65_HS1-834228961_62-HQ-83894_Section_1
Agency: FBI
Page 66
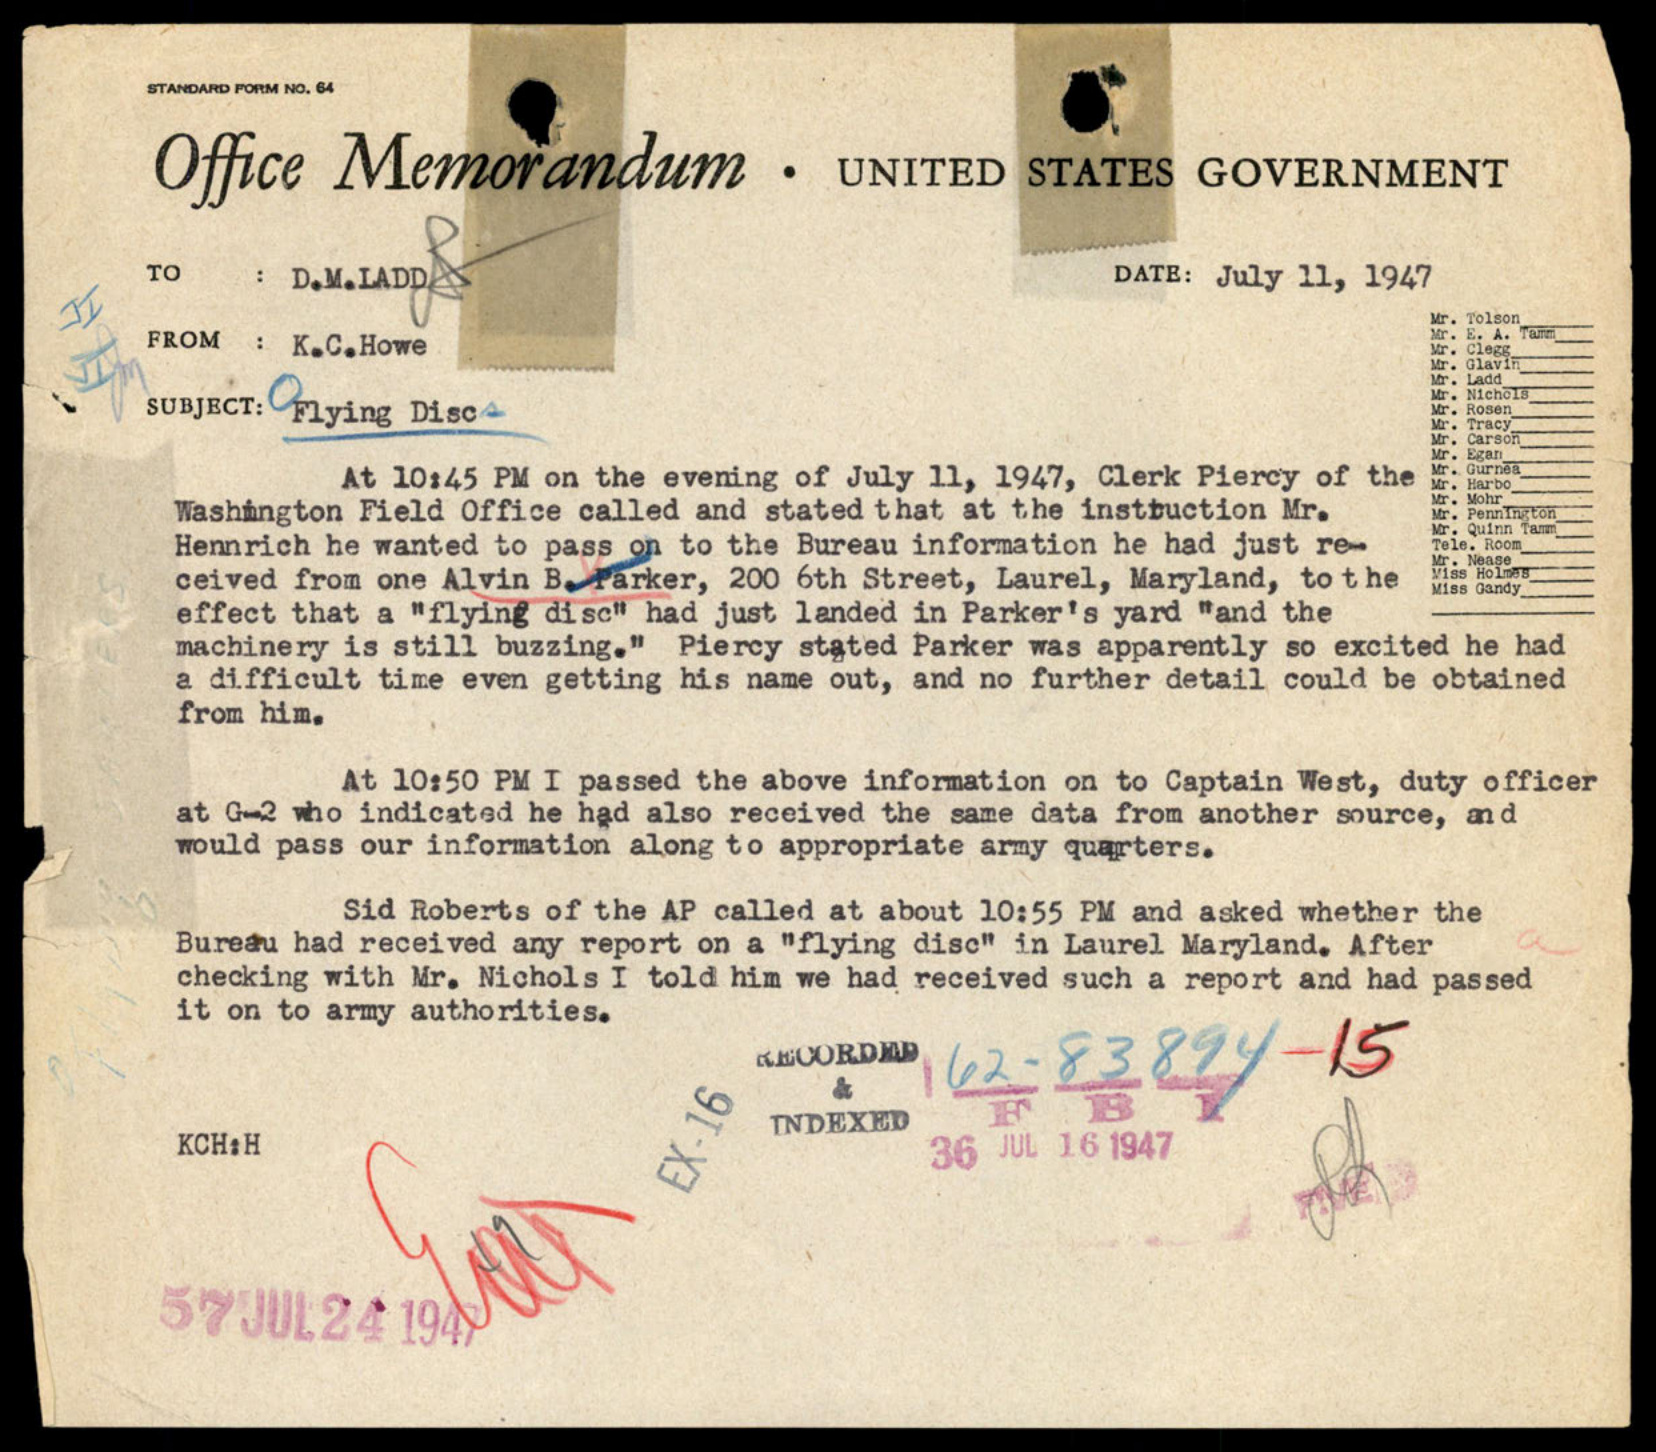